Annual report of the Imperial Bacteriologist
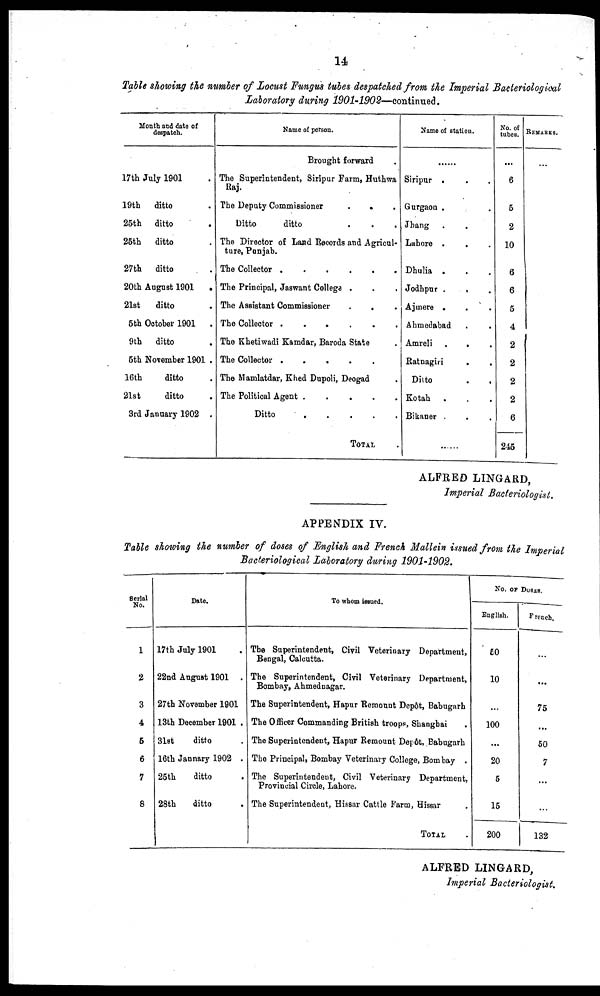
14
Table showing the number of Locust Fungus tubes despatched from the Imperial Bacteriological
Laboratory during 1901-1902—continued.
Month and date of
despatch.
17th July 1901 .
19th
ditto .
25th ditto .
25th ditto .
27th ditto
.
20th August 1901 .
21st
ditto .
5th October 1901 .
9th ditto .
5th November 1901 .
16th
ditto .
21st
ditto .
3rd January 1902 .
Name of person.
Brought forward .
The Superintendent, Siripur Farm, Huthwa
Raj.
The Deputy Commissioner
.
.
.
Ditto
ditto . . .
The Director of Land Records and Agricul-
ture, Punjab.
The Collector
.
.
.
.
.
The Principal, Jaswant College . . .
The Assistant Commissioner
.
. .
The Collector . . . . .
The Khetiwadi Kamdar, Baroda State
The Collector
.
.
.
.
.
The Mamlatdar, Khed Dupoli, Deogad
The Political Agent
.
.
.
.
.
Ditto
.
.
.
.
.
.
TOTAL
Name of station.
......
Siripur . . .
Gurgaon . . .
Jhang . .
Lahore . . .
Dhulia . . .
Jodhpur . . .
Ajmere . . .
Ahmedabad . .
Amreli
.
.
Ratnagiri . .
Ditto . .
Kotah . . .
Bikaner . . .
......
No. of
tubes.
...
6
5
2
10
6
6
5
4
2
2
2
2
6
245
REMARKS.
...
ALFRED LINGARD,
Imperial Bacteriologist.
APPENDIX IV.
Table showing the number of doses of English and French Mallein issued from the Imperial
Bacteriological Laboratory during 1901-1902.
Serial
No.
1
2
3
4
5
6
7
8
Date.
17th July 1901 .
22nd August 1901 .
27th November 1901
13th December 1901 .
31st
ditto .
16th January 1902 .
25th
ditto .
28th
ditto .
To whom issued.
The Superintendent, Civil Veterinary Department,
Bengal, Calcutta.
The Superintendent, Civil Veterinary Department,
Bombay, Ahmednagar.
The Superintendent, Hapur Remount Depôt, Babugarh
The Officer Commanding British troops, Shanghai .
The Superintendent, Hapur Remount Depôt, Babugarh
The Principal, Bombay Veterinary College, Bombay .
The Superintendent, Civil Veterinary Department,
Provincial Circle, Lahore.
The Superintendent, Hissar Cattle Farm, Hissar .
TOTAL .
No. OF DOSES.
English.
50
10
...
100
...
20
5
15
200
French.
...
...
75
...
50
7
...
...
132
ALFRED LINGARD,
Imperial Bacteriologist.